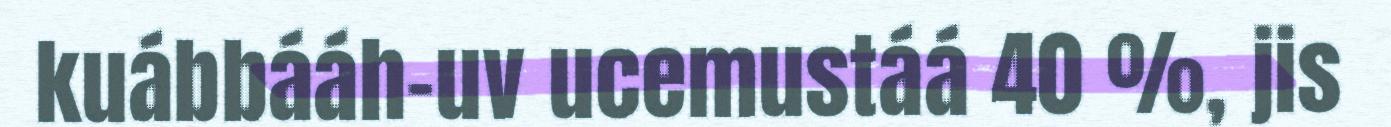
kuábbááh-uv ucemustáá 40 %, jis